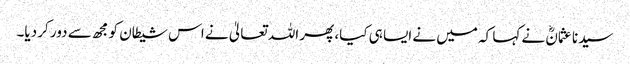
سیدنا عثمانؓ نے کہا کہ میں نے ایسا ہی کیا، پھر اللہ تعالیٰ نے اس شیطان کو مجھ سے دور کر دیا۔